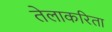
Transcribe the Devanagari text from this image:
तेलाकरिता